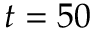
t = 5 0